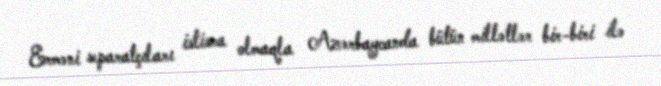
Erməni separatçıları istisna olmaqla Azərbaycanda bütün millətlər bir-biri ilə